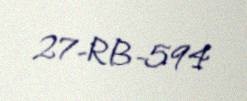
27-RB-594